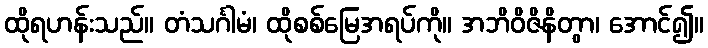
ထိုရဟန်းသည်။ တံသင်္ဂါမံ၊ ထိုစစ်မြေအရပ်ကို။ အဘိဝိဇိနိတွာ၊ အောင်၍။